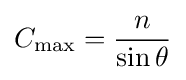
C_{\mathrm {max} }={\frac {n}{\sin \theta }}